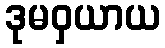
ဒုမဝှယာယ